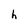
Character: h